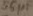
Text: 50µF